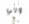
ولي